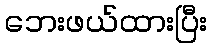
ဘေးဖယ်ထားပြီး